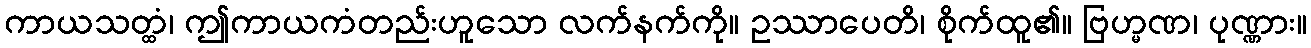
ကာယသတ္ထံ၊ ဤကာယကံတည်းဟူသော လက်နက်ကို။ ဥဿာပေတိ၊ စိုက်ထူ၏။ ဗြဟ္မဏ၊ ပုဏ္ဏား။